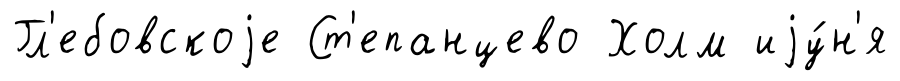
Гл'ебовскоjе Ст'епанцево Холм иjу́н'я